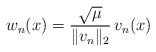
LaTeX: \begin{align*}w_n(x) = \frac{\sqrt\mu}{\|v_n\|_2}\,v_n(x)\end{align*}